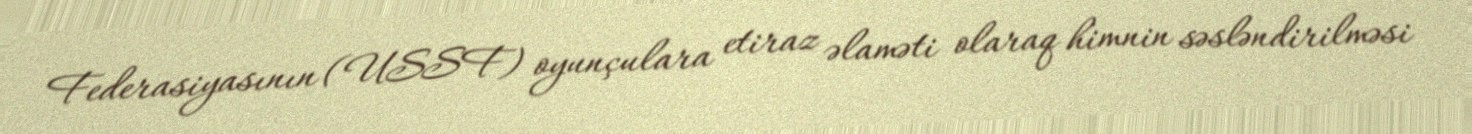
Federasiyasının (USSF) oyunçulara etiraz əlaməti olaraq himnin səsləndirilməsi